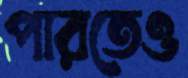
পারতেও